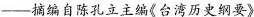
——摘编自陈孔立主编《台湾历史纲要》